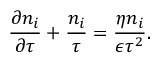
\frac { \partial n _ { i } } { \partial \tau } + \frac { n _ { i } } { \tau } = \frac { \eta n _ { i } } { \epsilon \tau ^ { 2 } } .